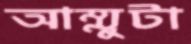
আম্মুটা